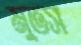
মুতস